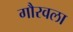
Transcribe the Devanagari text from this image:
गौरवला